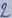
Text: 2